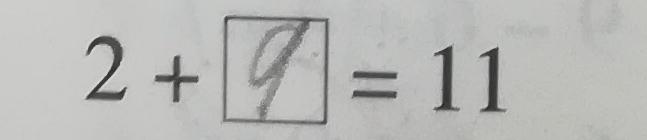
2 + 9 = 1 1